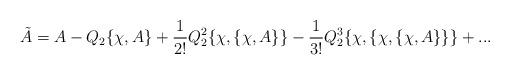
LaTeX: \begin{align*}\tilde A=A-Q_2\{\chi ,A\}+{1\over {2!}}Q_2^2\{\chi ,\{\chi ,A\}\}-{1\over {3!}}Q_2^3\{\chi ,\{\chi ,\{\chi ,A\}\}\}+...\end{align*}